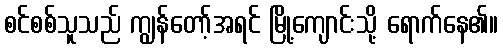
စင်စစ်သူသည် ကျွန်တော့်အရင် မြို့ကျောင်းသို့ ရောက်နေ၏။